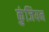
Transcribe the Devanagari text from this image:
कुंजियन